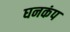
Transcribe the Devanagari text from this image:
घनकंप